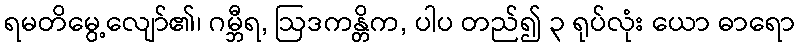
ရမတိမွေ့လျော်၏၊ ဂမ္ဘီရ, ဩဒကန္တိက, ပါပ တည်၍ ၃ ရုပ်လုံး ယော ဓာရော